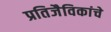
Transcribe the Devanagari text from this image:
प्रतिजैविकांचे